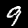
Label: 9